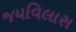
જયવિલાસ